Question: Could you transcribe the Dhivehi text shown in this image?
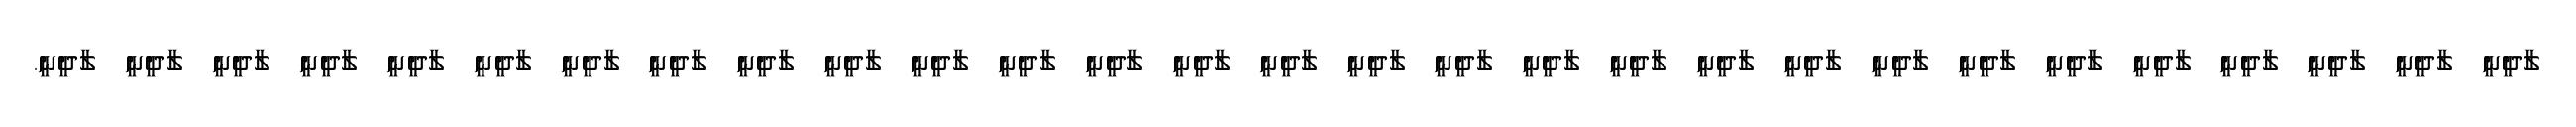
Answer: ލާދީނީ ލާދީނީ ލާދީނީ ލާދީނީ ލާދީނީ ލާދީނީ ލާދީނީ ލާދީނީ ލާދީނީ ލާދީނީ ލާދީނީ ލާދީނީ ލާދީނީ ލާދީނީ ލާދީނީ ލާދީނީ ލާދީނީ ލާދީނީ ލާދީނީ ލާދީނީ ލާދީނީ ލާދީނީ ލާދީނީ ލާދީނީ ލާދީނީ ލާދީނީ ލާދީނީ ލާދީނީ ލާދީނީ.